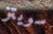
سويتز